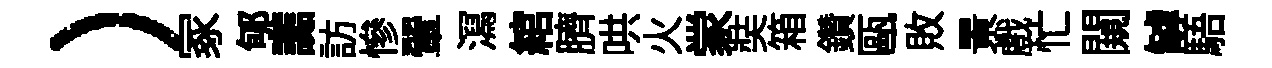
）冢郇讟訪慘翬㵼綰臍哄火䝉奘箱鑽甌敗㬌戲忙闚罅䮏